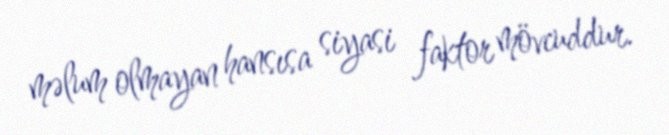
məlum olmayan hansısa siyasi faktor mövcuddur.